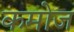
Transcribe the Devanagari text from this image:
कमोज